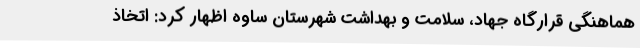
هماهنگی قرارگاه جهاد، سلامت و بهداشت شهرستان ساوه اظهار کرد: اتخاذ